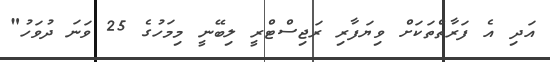
އަދި އެ ފަރާތްތަކަށް ވިޔަފާރި ރަޖިސްޓްރީ ލިބޭނީ މިމަހުގެ 25 ވަނަ ދުވަހު"